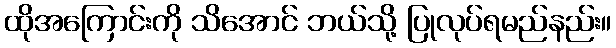
ထိုအကြောင်းကို သိအောင် ဘယ်သို့ ပြုလုပ်ရမည်နည်း။